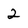
Character: 2